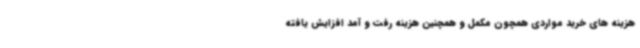
هزینه های خرید مواردی همچون مکمل و همچنین هزینه رفت و آمد افزایش یافته